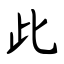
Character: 此